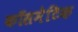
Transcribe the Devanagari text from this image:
कॉसमेटिक